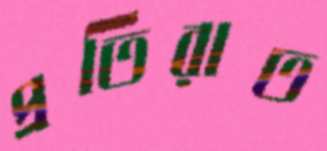
প্রতিরাত